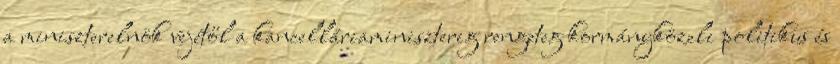
a miniszterelnök vejétől a kancelláriaminiszterig rengeteg kormányközeli politikus és